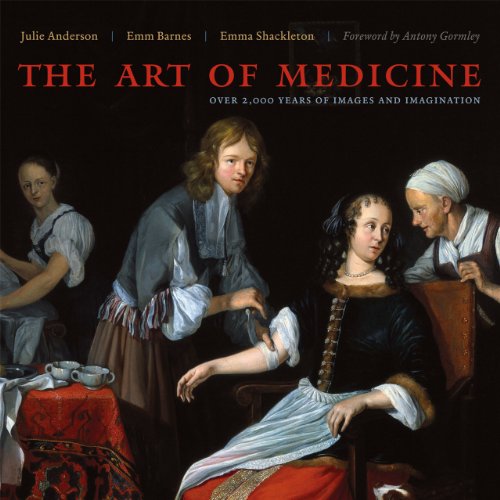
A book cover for The Art of Medicine: Over 2,000 Years of Images and Imagination; Julie Anderson; Medical Books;